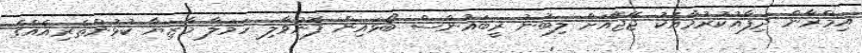
އިމްރާން ދިފާއުކުރުމާއެކު ޖޭޖޭއަށް ލިބުނު ރީބައުންސް ބޯޅައިން ފޮނުވާލި ހަމަލާ މާޒިޔާ ކުޅުންތެރިއެއްގެ